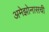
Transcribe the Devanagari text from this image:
अमेझोनासची